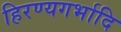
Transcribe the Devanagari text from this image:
हिरण्यगर्भादि